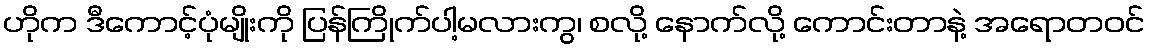
ဟိုက ဒီကောင့်ပုံမျိုးကို ပြန်ကြိုက်ပါ့မလားကွ၊ စလို့ နောက်လို့ ကောင်းတာနဲ့ အရောတဝင်